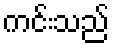
ကင်းသည်